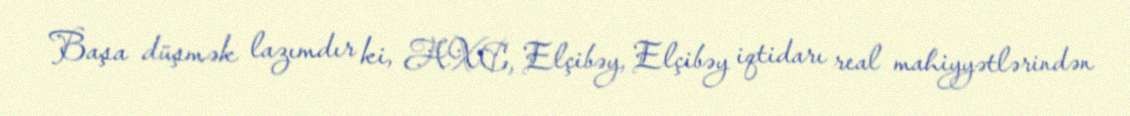
Başa düşmək lazımdır ki, AXC, Elçibəy, Elçibəy iqtidarı real mahiyyətlərindən